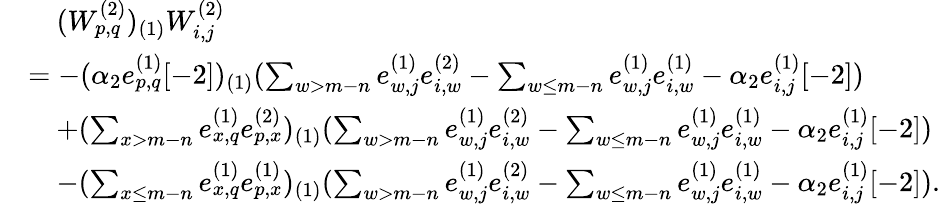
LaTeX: \begin{array}{rl}&{\quad(W_{p,q}^{(2)})_{(1)}W_{i,j}^{(2)}}\\ &{=-(\alpha_{2}e_{p,q}^{(1)}[-2])_{(1)}(\sum_{w>m-n}e_{w,j}^{(1)}e_{i,w}^{(2)}-\sum_{w\leq m-n}e_{w,j}^{(1)}e_{i,w}^{(1)}-\alpha_{2}e_{i,j}^{(1)}[-2])}\\ &{\quad+(\sum_{x>m-n}e_{x,q}^{(1)}e_{p,x}^{(2)})_{(1)}(\sum_{w>m-n}e_{w,j}^{(1)}e_{i,w}^{(2)}-\sum_{w\leq m-n}e_{w,j}^{(1)}e_{i,w}^{(1)}-\alpha_{2}e_{i,j}^{(1)}[-2])}\\ &{\quad-(\sum_{x\leq m-n}e_{x,q}^{(1)}e_{p,x}^{(1)})_{(1)}(\sum_{w>m-n}e_{w,j}^{(1)}e_{i,w}^{(2)}-\sum_{w\leq m-n}e_{w,j}^{(1)}e_{i,w}^{(1)}-\alpha_{2}e_{i,j}^{(1)}[-2]).}\end{array}